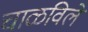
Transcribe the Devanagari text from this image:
चाळविले